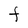
Character: F